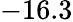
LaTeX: -16.3